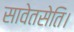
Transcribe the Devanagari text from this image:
सावेतसेति।